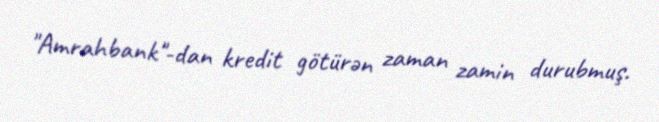
"Amrahbank"-dan kredit götürən zaman zamin durubmuş.